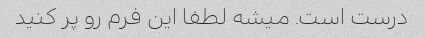
درست است. میشه لطفا این فرم رو پر کنید